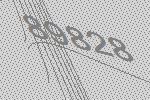
89828